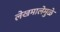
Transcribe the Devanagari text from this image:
लेखमालेमुळे